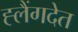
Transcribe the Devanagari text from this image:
ह्लैंगदेत